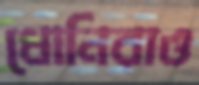
ধোনিরাও